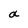
Character: a